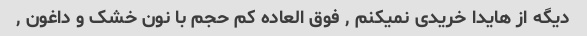
دیگه از هایدا خریدی نمیکنم , فوق العاده کم حجم با نون خشک و داغون ,